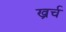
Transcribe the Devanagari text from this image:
ख्रर्च